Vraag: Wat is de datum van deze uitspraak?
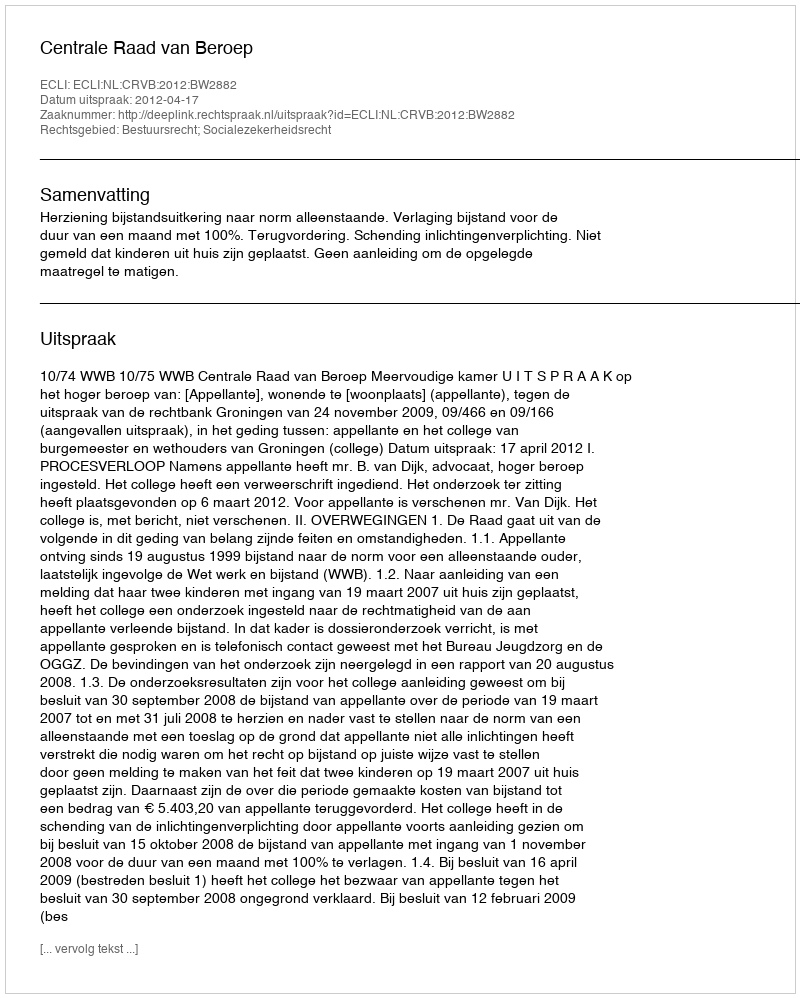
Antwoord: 2012-04-17